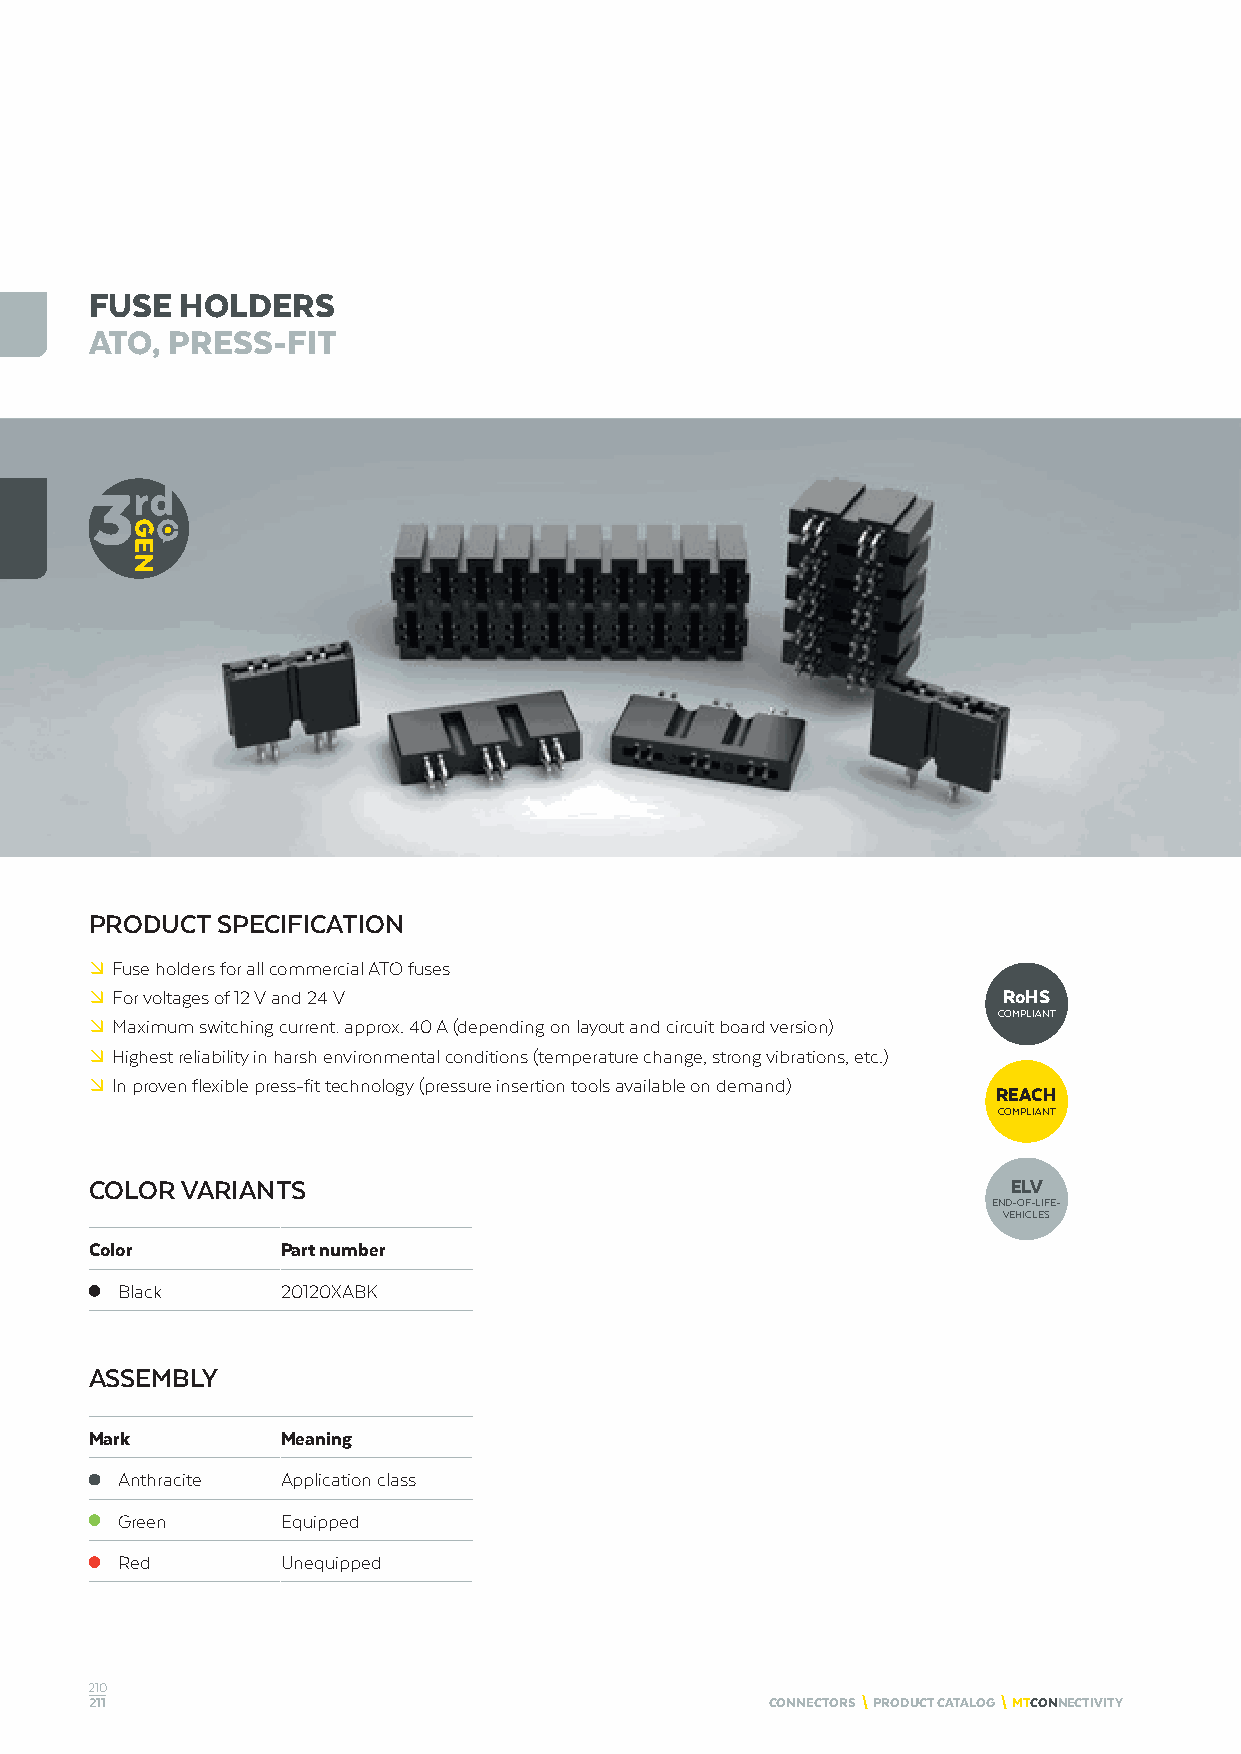
FUSE  HOLDERS
 ATO, PRESS-FIT
 PRODUCT SPECIFICATION
 º Fuse holders for all commercial ATO fuses
 º For voltages of 12 V and 24 V                             RoHS
 COMPLIANT
 º Maximum switching current: approx. 40 A (depending on layout and circuit board version)
 º Highest reliability in harsh environmental conditions (temperature change, strong vibrations, etc.)
 º In proven flexible press-fit technology (pressure insertion tools available on demand)
 REACH
 COMPLIANT
 COLOR VARIANTS                                               ELV
 END-OF-LIFE-
 VEHICLES
 Color        Part number
 Black      20120XABK
 ASSEMBLY
 Mark         Meaning
 Anthracite Application class
 Green      Equipped
 Red        Unequipped
 210
 211                                          CONNECTORS \ PRODUCT CATALOG \ MTCONNECTIVITY